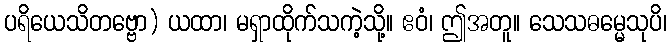
ပရိယေသိတဗ္ဗော) ယထာ၊ မရှာထိုက်သကဲ့သို့။ ဧဝံ၊ ဤအတူ။ သေသဓမ္မေသုပိ၊